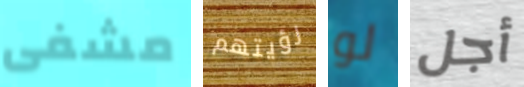
مشفى رؤيتهم لو أجل